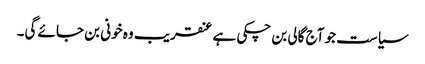
سیاست جو آج گالی بن چکی ہے عنقریب وہ خونی بن جائے گی۔